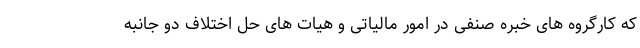
که کارگروه های خبره صنفی در امور مالیاتی و هیات های حل اختلاف دو جانبه